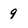
Character: 9